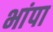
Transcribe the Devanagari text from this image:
भांपा